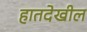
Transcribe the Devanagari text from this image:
हातदेखील